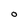
Character: 0